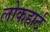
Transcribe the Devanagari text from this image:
लोकहार्ट